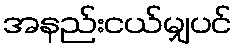
အနည်းငယ်မျှပင်